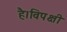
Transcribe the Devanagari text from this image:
है।विपक्षी